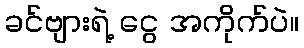
ခင်ဗျားရဲ့ ငွေ အကိုက်ပဲ။